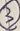
Text: 3